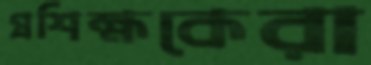
প্রশিক্ষকেরা